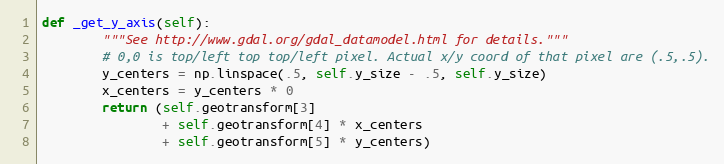
Language: Python
def _get_y_axis(self):
        """See http://www.gdal.org/gdal_datamodel.html for details."""
        # 0,0 is top/left top top/left pixel. Actual x/y coord of that pixel are (.5,.5).
        y_centers = np.linspace(.5, self.y_size - .5, self.y_size)
        x_centers = y_centers * 0
        return (self.geotransform[3]
                + self.geotransform[4] * x_centers
                + self.geotransform[5] * y_centers)